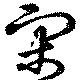
宋